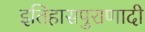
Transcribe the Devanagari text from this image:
इतिहासपुराणादी